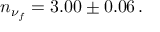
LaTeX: n _ { \nu _ { f } } = 3 . 0 0 \pm 0 . 0 6 \, .